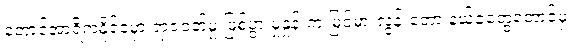
တောင်အာရိကနိုင်ငံမှာ ရာဇဝတ်မှု ဖြစ်ပွားမှုနှုန်းက မြင့်မားလွန်းတော့ နယ်ခံတွေတောင်မှ